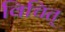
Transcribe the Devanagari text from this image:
विचित्